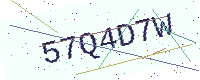
Text: 57Q4D7W